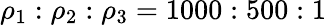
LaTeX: \rho_{1}:\rho_{2}:\rho_{3}=1000:500:1